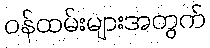
ဝန်ထမ်းများအတွက်